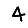
Digit: 4